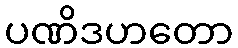
ပဏိဒဟတော